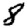
Digit: 8